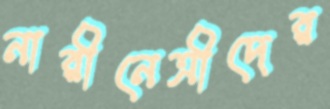
নারীনেত্রীদের